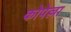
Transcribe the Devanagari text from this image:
कोपेल्ला